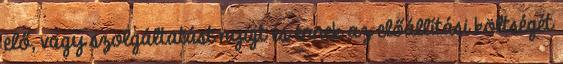
elő, vagy szolgáltatást nyújt és ennek az előállítási költségét